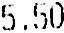
5.50